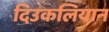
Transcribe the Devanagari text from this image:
दिउकलियान